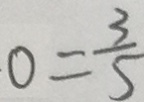
0 = \frac { 3 } { 5 }